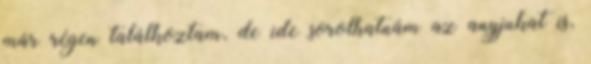
már régen találkoztam, de ide sorolhatnám az anyjukat is,